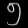
Digit: ၅